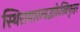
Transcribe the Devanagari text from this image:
स्थिरायास्त्वद्भक्तेस्त्रिपुरहर